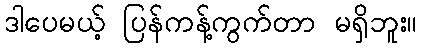
ဒါပေမယ့် ပြန်ကန့်ကွက်တာ မရှိဘူး။